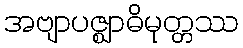
အဗျာပဇ္ဈာဓိမုတ္တဿ